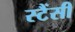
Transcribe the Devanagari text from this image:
स्टैंसी